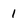
Character: 1